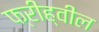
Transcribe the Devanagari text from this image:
फ्रीह्वील